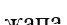
жапа